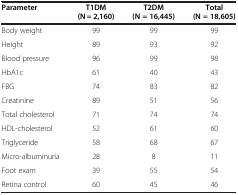
<table><thead><tr><td><b>Parameter</b></td><td><b>T1DM (N = 2,160)</b></td><td><b>T2DM (N = 16,445)</b></td><td><b>Total (N = 18,605)</b></td></tr></thead><tbody><tr><td>Body weight</td><td>99</td><td>99</td><td>99</td></tr><tr><td>Height</td><td>89</td><td>93</td><td>92</td></tr><tr><td>Blood pressure</td><td>96</td><td>99</td><td>98</td></tr><tr><td>HbA1c</td><td>61</td><td>40</td><td>43</td></tr><tr><td>FBG</td><td>74</td><td>83</td><td>82</td></tr><tr><td>Creatinine</td><td>89</td><td>51</td><td>56</td></tr><tr><td>Total cholesterol</td><td>71</td><td>74</td><td>74</td></tr><tr><td>HDL-cholesterol</td><td>52</td><td>61</td><td>60</td></tr><tr><td>Triglyceride</td><td>58</td><td>68</td><td>67</td></tr><tr><td>Micro-albuminuria</td><td>28</td><td>8</td><td>11</td></tr><tr><td>Foot exam</td><td>39</td><td>55</td><td>54</td></tr><tr><td>Retina control</td><td>60</td><td>45</td><td>46</td></tr></tbody></table>